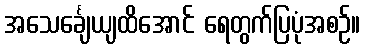
အသေင်္ချေယျထိအောင် ရေတွက်ပြပုံအစဉ်။